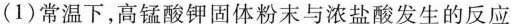
(1)常温下，高锰酸钾固体粉末与浓盐酸发生的反应